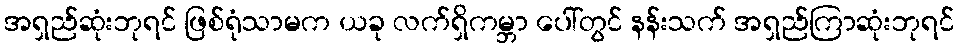
အရှည်ဆုံးဘုရင် ဖြစ်ရုံသာမက ယခု လက်ရှိကမ္ဘာ ပေါ်တွင် နန်းသက် အရှည်ကြာဆုံးဘုရင်